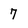
Character: 7